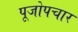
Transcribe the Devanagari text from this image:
पूजोपचार